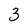
Character: 3